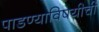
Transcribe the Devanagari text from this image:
पाडण्याविषयीची